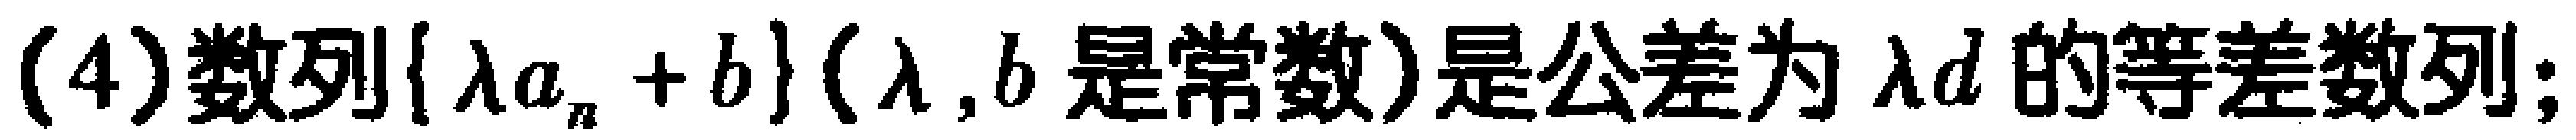
(4)数列\(\{\lambda a_{n}+b\}(\lambda,b是常数)\)是公差为\(\lambda d\)的等差数列;